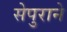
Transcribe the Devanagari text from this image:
सेपुराने